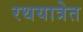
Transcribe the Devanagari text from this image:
रथयात्रेत